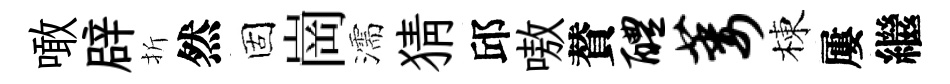
噉辟折然固崗濡猜邱嗷賛醴萎棟屢繼